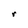
Character: r